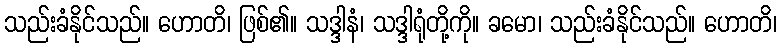
သည်းခံနိုင်သည်။ ဟောတိ၊ ဖြစ်၏။ သဒ္ဒါနံ၊ သဒ္ဒါရုံတို့ကို။ ခမော၊ သည်းခံနိုင်သည်။ ဟောတိ၊